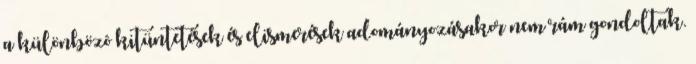
a különbözô kitüntetések és elismerések adományozásakor nem rám gondoltak.